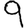
Digit: 9